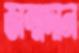
জন্মদান